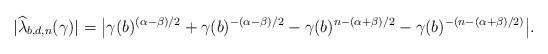
\begin{align*} |{\widehat \lambda_{b,d,n}}(\gamma)|=\big|\gamma(b)^{(\alpha-\beta)/2}+\gamma(b)^{-(\alpha-\beta)/2}-\gamma(b)^{n-(\alpha+\beta)/2}-\gamma(b)^{-(n-(\alpha+\beta)/2)}\big|. \end{align*}